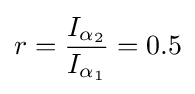
r={\frac {I_{\alpha _{2}}}{I_{\alpha _{1}}}}=0.5